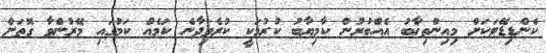
ކެންޑިޑޭޓަކަށް މިއިންތިޚާބު އެއްބުރުން ކާމިޔާބު ކުރުމަކީ ކުރެވިދާނެ ކަމެއް ކަމުގައި މޭރުންވާ ގޮތަށް